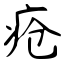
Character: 疮